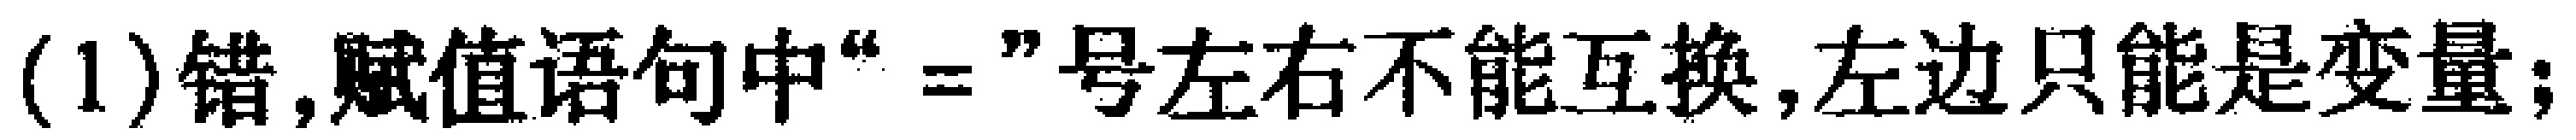
(1)错,赋值语句中“$=$”号左右不能互换,左边只能是变量;